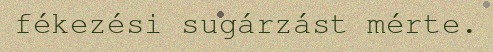
fékezési sugárzást mérte.